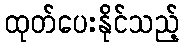
ထုတ်ပေးနိုင်သည့်